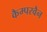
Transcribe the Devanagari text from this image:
कैम्परवैन